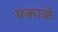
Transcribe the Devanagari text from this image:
प्रकाळे